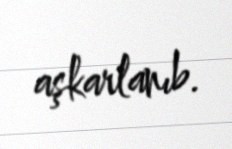
aşkarlanıb.